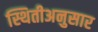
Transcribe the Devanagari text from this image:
स्थितीअनुसार